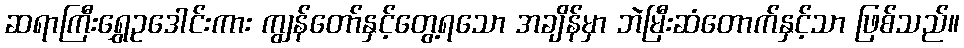
ဆရာကြီးရွှေဥဒေါင်းကား ကျွန်တော်နှင့်တွေ့ရသော အချိန်မှာ ဘဲမြီးဆံတောက်နှင့်သာ ဖြစ်သည်။